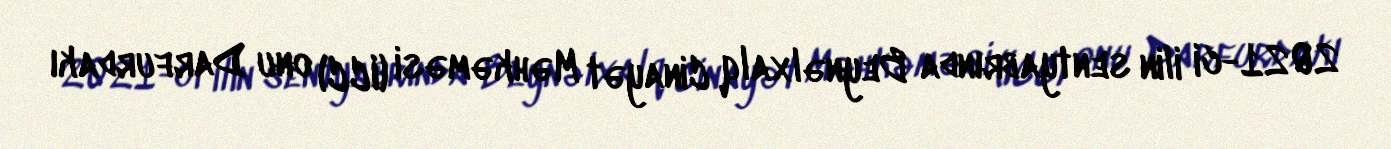
2021-ci ilin sentyabrında Beynəlxalq Cinayət Məhkəməsi (ICC) onu Darfurdakı